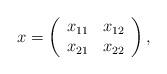
LaTeX: \begin{align*}x = \left( \begin{array}{cc}x_{11} & x_{12} \\x_{21} & x_{22}\end{array} \right), \end{align*}